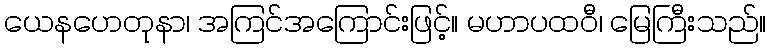
ယေနဟေတုနာ၊ အကြင်အကြောင်းဖြင့်။ မဟာပထဝီ၊ မြေကြီးသည်။